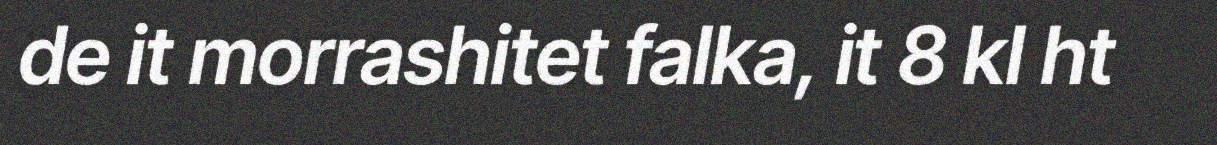
de it morrashitet falka, it 8 kl ht